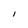
Character: I